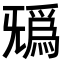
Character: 𣄺